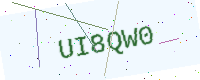
Text: UI8QW0